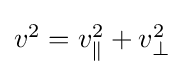
{\textstyle v^{2}=v_{\parallel }^{2}+v_{\perp }^{2}}